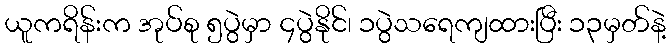
ယူကရိန်းက အုပ်စု ၅ပွဲမှာ ၄ပွဲနိုင်၊ ၁ပွဲသရေကျထားပြီး ၁၃မှတ်နဲ့